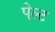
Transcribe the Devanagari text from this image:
पेल्ट